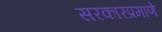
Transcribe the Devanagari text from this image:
सरकारप्रमाणे